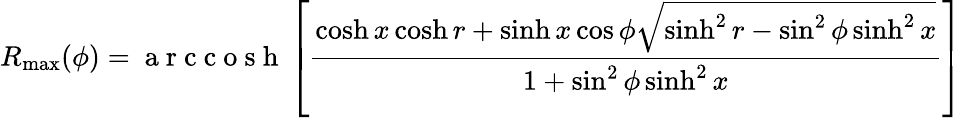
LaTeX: R_{\operatorname*{max}}(\phi)=\mathrm{~a~r~c~c~o~s~h~}\left[\frac{\cosh x\cosh r+\sinh x\cos\phi\sqrt{\sinh^{2}r-\sin^{2}\phi\sinh^{2}x}}{1+\sin^{2}\phi\sinh^{2}x}\right]